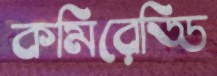
কমিরেড্ডি